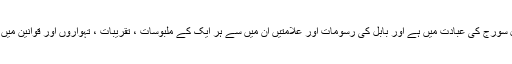
ہر مذہب کی اصل سورج کی عبادت میں ہے اور بابل کی رسومات اور علامتیں ان میں سے ہر ایک کے ملبوسات ، تقریبات ، تہواروں اور قوانین میں پیش کی گئی ہیں۔